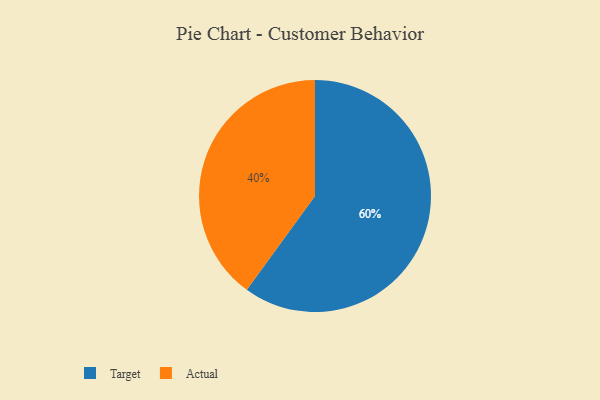
{"axis": {"x": "Category", "y": "Percentage"}, "legend": ["Actual", "Target"], "data": [{"x": "Target", "y": 60, "type": "Target"}, {"x": "Actual", "y": 40, "type": "Actual"}]}